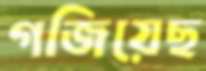
গজিয়েছ